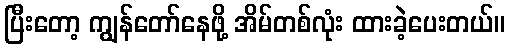
ပြီးတော့ ကျွန်တော်နေဖို့ အိမ်တစ်လုံး ထားခဲ့ပေးတယ်။